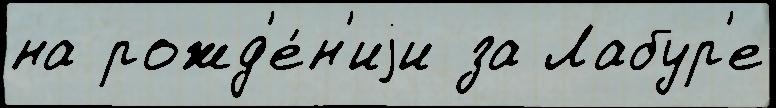
на рожд'е́н'иjи за Лабур'е